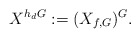
\begin{align*}X^{h_dG}:=(X_{f,G})^G.\end{align*}